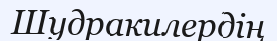
Шудракилердің